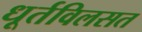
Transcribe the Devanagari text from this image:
धूर्तविलसत